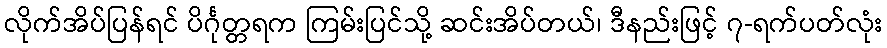
လိုက်အိပ်ပြန်ရင် ပိင်္ဂုတ္တရက ကြမ်းပြင်သို့ ဆင်းအိပ်တယ်၊ ဒီနည်းဖြင့် ၇-ရက်ပတ်လုံး